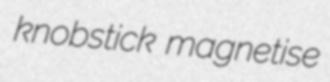
knobstick magnetise